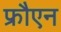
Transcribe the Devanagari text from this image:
फ्रौएन